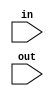
module zeroExt16_8(in, out); 

input [7:0]in;
input [15:0]out; 

assign out = { {8{1'b0}},in[7:0] };

endmodule